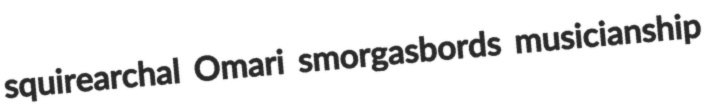
squirearchal Omari smorgasbords musicianship